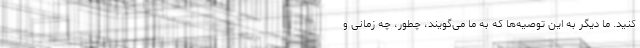
کنید. ما دیگر به این توصیه‌ها که به ما می‌گویند، چطور، چه زمانی و